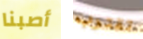
أصبنا تقترب